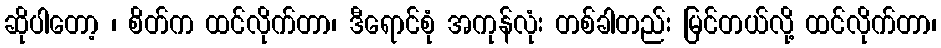
ဆိုပါတော့ ၊ စိတ်က ထင်လိုက်တာ၊ ဒီရောင်စုံ အကုန်လုံး တစ်ခါတည်း မြင်တယ်လို့ ထင်လိုက်တာ၊